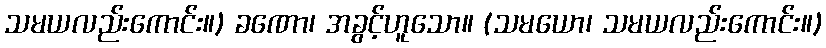
သမယလည်းကောင်း။) ခဏော၊ အခွင့်ဟူသော။ (သမယော၊ သမယလည်းကောင်း။)